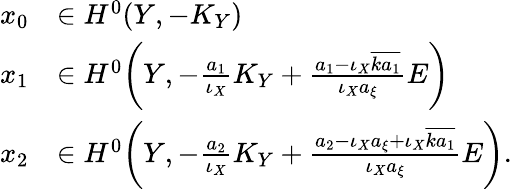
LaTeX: \begin{array}{rl}{x_{0}}&{\in H^{0}(Y,-K_{Y})}\\ {x_{1}}&{\in H^{0}\bigg(Y,-\frac{a_{1}}{\iota_{X}}K_{Y}+\frac{a_{1}-\iota_{X}\overline{{ka_{1}}}}{\iota_{X}a_{\xi}}E\bigg)}\\ {x_{2}}&{\in H^{0}\bigg(Y,-\frac{a_{2}}{\iota_{X}}K_{Y}+\frac{a_{2}-\iota_{X}a_{\xi}+\iota_{X}\overline{{ka_{1}}}}{\iota_{X}a_{\xi}}E\bigg).}\end{array}